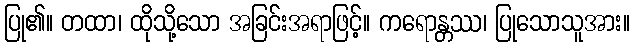
ပြု၏။ တထာ၊ ထိုသို့သော အခြင်းအရာဖြင့်။ ကရောန္တဿ၊ ပြုသောသူအား။